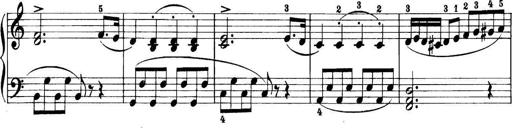
Title: 11 Sonatinas
Composer: Anton Diabelli